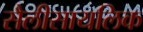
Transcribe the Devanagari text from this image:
सैलीसायलिक